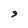
Character: 9